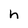
Character: h